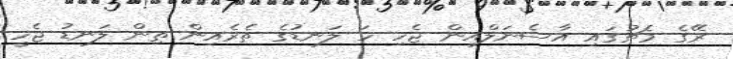
ރޭގެ މެޗުގައި އާސެނަލްއިން ޖެހި ހަ ލަނޑުގެ ތެރެއިން ތިން ލަނޑު ޖެހީ